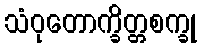
သံဝုတောက္ခိတ္တစက္ခု